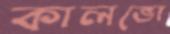
কালভো